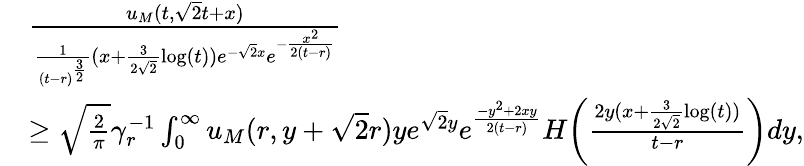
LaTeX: \begin{array}{rl}&{\frac{u_{M}(t,\sqrt{2}t+x)}{\frac{1}{(t-r)^{\frac{3}{2}}}(x+\frac{3}{2\sqrt{2}}\log(t))e^{-\sqrt{2}x}e^{-\frac{x^{2}}{2(t-r)}}}}\\ &{\geq\sqrt{\frac{2}{\pi}}\gamma_{r}^{-1}\int_{0}^{\infty}u_{M}(r,y+\sqrt{2}r)ye^{\sqrt{2}y}e^{\frac{-y^{2}+2xy}{2(t-r)}}H\biggl(\frac{2y(x+\frac{3}{2\sqrt{2}}\log(t))}{t-r}\biggr)dy,}\end{array}